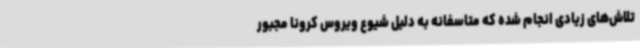
تلاش‌های زیادی انجام شده که متاسفانه به دلیل شیوع ویروس کرونا مجبور